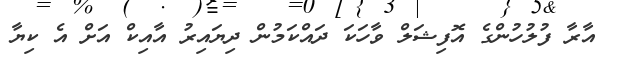
އާރާ ފުލުހުންގެ އޮފިޝަލް ވާހަކަ ދައްކަމުން ދިޔައިރު އާއިކް އަށް އެ ކިޔާ